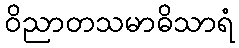
ဝိညာတသမာဓိသာရံ